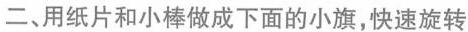
二、用纸片和小棒做成下面的小旗，快速旋转